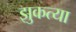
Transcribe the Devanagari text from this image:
झुकत्या